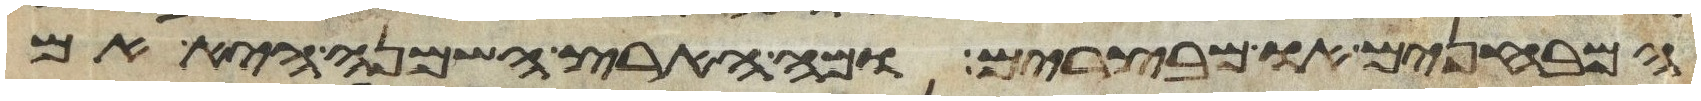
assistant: המבחנים או מבצרים ומה הארץ השמנה היא אם